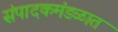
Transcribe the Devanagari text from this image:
संपादकमंडळात